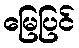
မြေပြင်